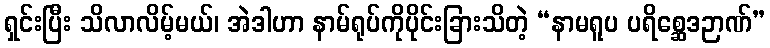
ရှင်းပြီး သိလာလိမ့်မယ်၊ အဲဒါဟာ နာမ်ရုပ်ကိုပိုင်းခြားသိတဲ့ “နာမရူပ ပရိစ္ဆေဒဉာဏ်”